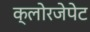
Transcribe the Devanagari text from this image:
क्लोरजेपेट